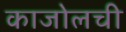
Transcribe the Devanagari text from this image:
काजोलची